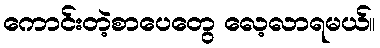
ကောင်းတဲ့စာပေတွေ လေ့လာရမယ်။